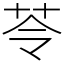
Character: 苓